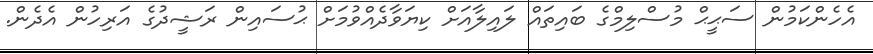
އެހެންކަމުން ސަޙީޙް މުސްލިމްގެ ބައިތައް ލައިލާއަށް ކިޔަވާދެއްވުމަށް ޙުސައިން ރަޝީދުގެ އަރިހުން އެދެން.